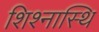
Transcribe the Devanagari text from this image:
शिश्नास्थि